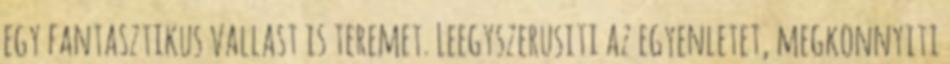
egy fantasztikus vallast is teremet. Leegyszerusiti az egyenletet, megkonnyiti